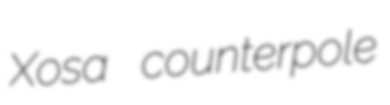
Xosa counterpole